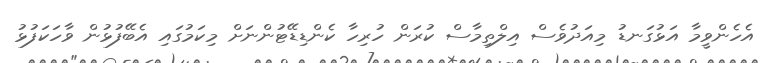
އެހެންވީމާ އަޅުގަނޑު މިއަދުވެސް އިލްތިމާސް ކުރަން ހުރިހާ ކެންޑިޑޭޓުންނަށް މިކަމުގައި އެބޭފުޅުން ވާހަކަފުޅު